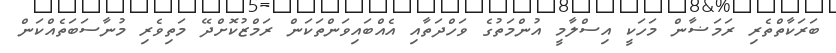
ބަރަކާތްތެރި ރަމަޟާން މަހަކީ އިސްލާމީ އުންމަތުގެ ވަހްދަތާއި އެއްބައިވަންތަކަން ރަމްޒުކޮށްދޭ މަތިވެރި މުނާސަބަތެއްކަން